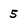
Character: 5